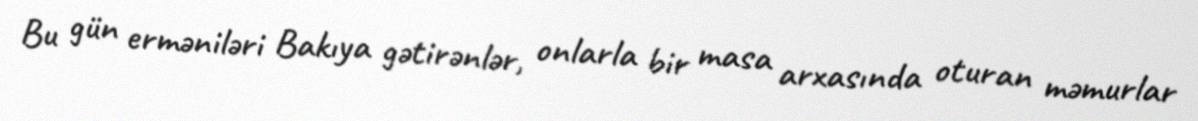
Bu gün erməniləri Bakıya gətirənlər, onlarla bir masa arxasında oturan məmurlar